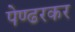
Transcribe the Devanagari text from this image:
पेण्ढरकर